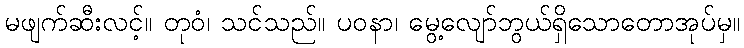
မဖျက်ဆီးလင့်။ တုဝံ၊ သင်သည်။ ပဝနာ၊ မွေ့လျော်ဘွယ်ရှိသောတောအုပ်မှ။